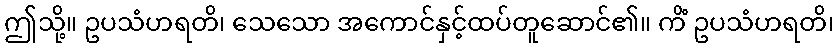
ဤသို့။ ဥပသံဟရတိ၊ သေသော အကောင်နှင့်ထပ်တူဆောင်၏။ ကိံ ဥပသံဟရတိ၊